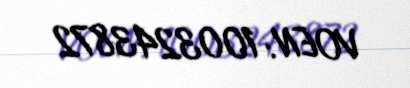
VOEN: 1003243872